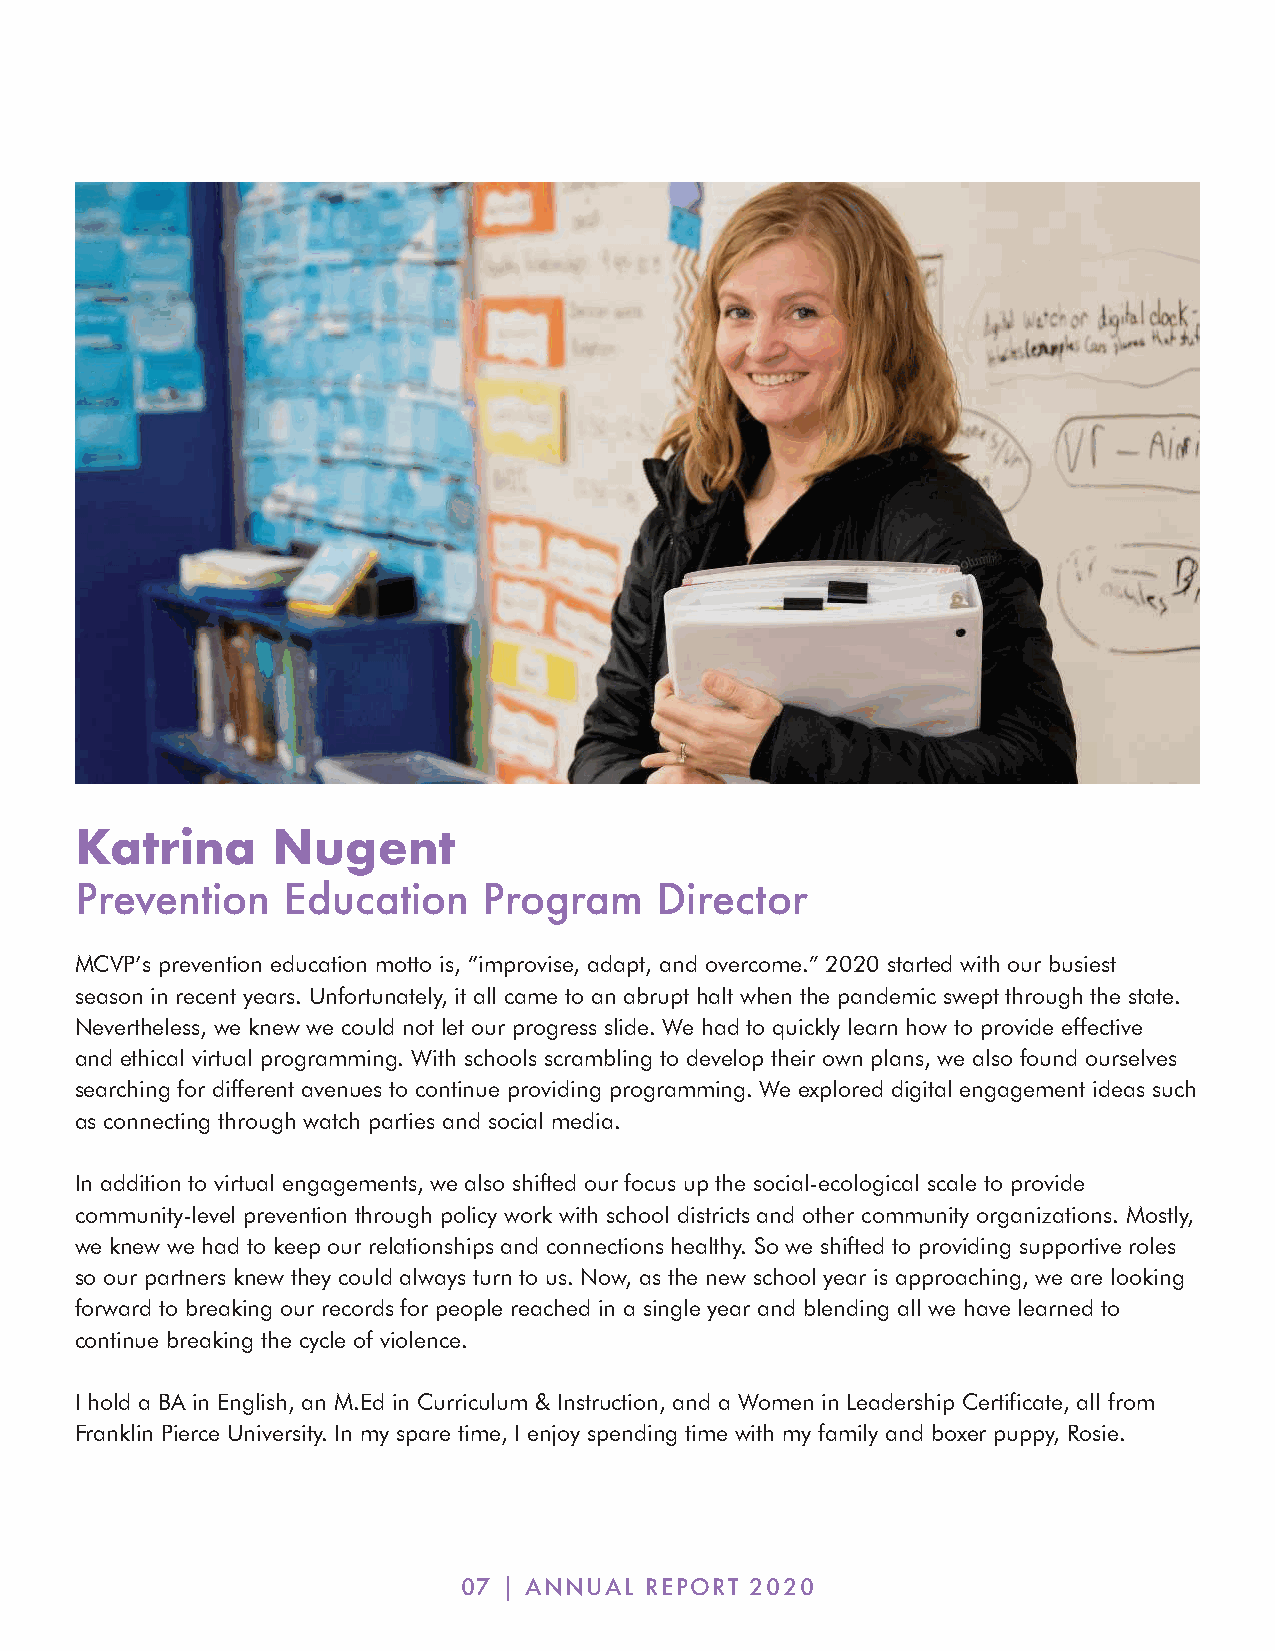
Katrina      Nugent
 Prevention    Education    Program    Director
 MCVP’s prevention education motto is, “improvise, adapt, and overcome.” 2020 started with our busiest
 season in recent years. Unfortunately, it all came to an abrupt halt when the pandemic swept through the state.
 Nevertheless, we knew we could not let our progress slide. We had to quickly learn how to provide effective
 and ethical virtual programming. With schools scrambling to develop their own plans, we also found ourselves
 searching for different avenues to continue providing programming. We explored digital engagement ideas such
 as connecting through watch parties and social media.
 In addition to virtual engagements, we also shifted our focus up the social-ecological scale to provide
 community-level prevention through policy work with school districts and other community organizations. Mostly,
 we knew we had to keep our relationships and connections healthy. So we shifted to providing supportive roles
 so our partners knew they could always turn to us. Now, as the new school year is approaching, we are looking
 forward to breaking our records for people reached in a single year and blending all we have learned to
 continue breaking the cycle of violence.
 I hold a BA in English, an M.Ed in Curriculum & Instruction, and a Women in Leadership Certificate, all from
 Franklin Pierce University. In my spare time, I enjoy spending time with my family and boxer puppy, Rosie.
 07 | ANNUAL REPORT 2020